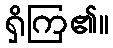
ရှိကြ၏။